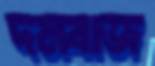
দমবাজ